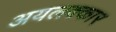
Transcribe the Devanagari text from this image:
अयलक्कार